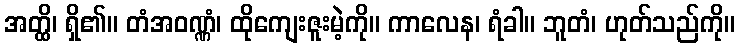
အတ္ထိ၊ ရှိ၏။ တံအဝဏ္ဏံ၊ ထိုကျေးဇူးမဲ့ကို။ ကာလေန၊ ရံခါ။ ဘူတံ၊ ဟုတ်သည်ကို။